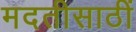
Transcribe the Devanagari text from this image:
मदतीसाठीं